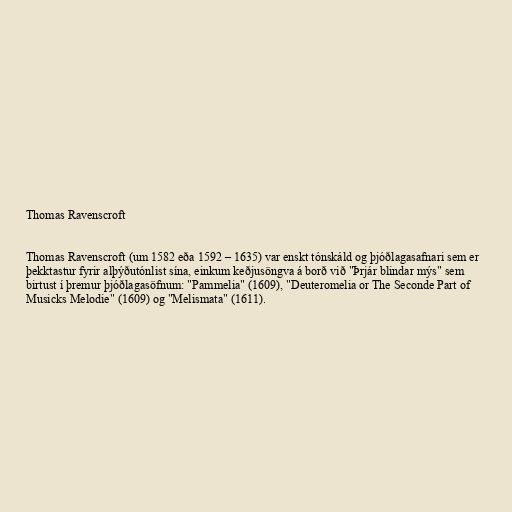
Thomas Ravenscroft

Thomas Ravenscroft (um 1582 eða 1592 – 1635) var enskt tónskáld og þjóðlagasafnari sem er
þekktastur fyrir alþýðutónlist sína, einkum keðjusöngva á borð við "Þrjár blindar mýs" sem
birtust í þremur þjóðlagasöfnum: "Pammelia" (1609), "Deuteromelia or The Seconde Part of
Musicks Melodie" (1609) og "Melismata" (1611).